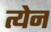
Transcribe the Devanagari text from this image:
त्येन